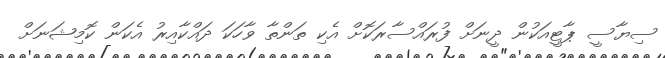
ސިޔާސީ ޕާޓީއަކުން ދީނަށް ފުރައްސާރަކޮށް އެކި ތަންތާ ވާހަކަ ދައްކާއިރު އެކަން ކޮމިޝަނަށް